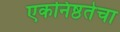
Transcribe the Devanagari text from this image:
एकनिष्ठतेचा